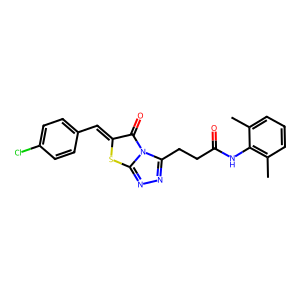
SMILES: Cc1cccc(C)c1NC(=O)CCc1nnc2sc(=Cc3ccc(Cl)cc3)c(=O)n12
Inhibits HIV replication: No